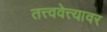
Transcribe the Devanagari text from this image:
तत्त्ववेत्त्यावर